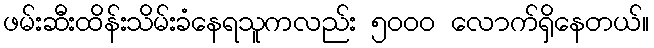
ဖမ်းဆီးထိန်းသိမ်းခံနေရသူကလည်း ၅၀၀၀ လောက်ရှိနေတယ်။